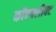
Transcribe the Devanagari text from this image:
कॉन्फ्लीक्ट